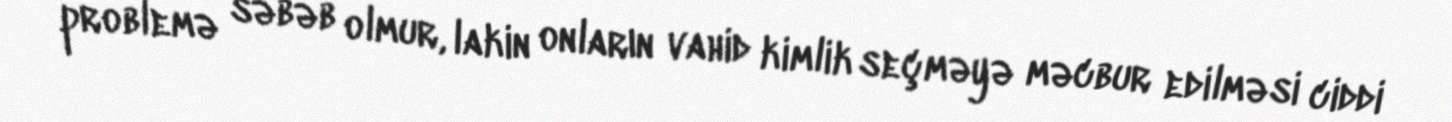
problemə səbəb olmur, lakin onların vahid kimlik seçməyə məcbur edilməsi ciddi